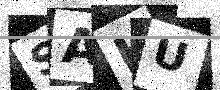
Text: SAKU